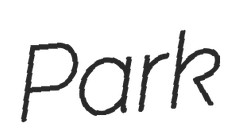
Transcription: Park